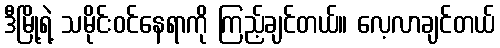
ဒီမြို့ရဲ့ သမိုင်းဝင်နေရာကို ကြည့်ချင်တယ်။ လေ့လာချင်တယ်